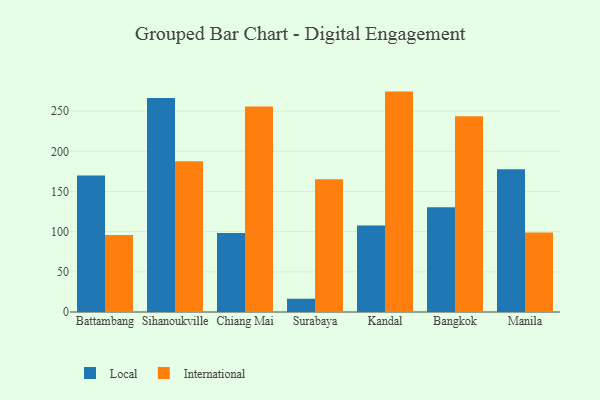
{"axis": {"x": "City", "y": "Operating Costs (USD K)"}, "legend": ["International", "Local"], "data": [{"x": "Battambang", "y": 169.8, "type": "Local"}, {"x": "Battambang", "y": 95.8, "type": "International"}, {"x": "Sihanoukville", "y": 266.3, "type": "Local"}, {"x": "Sihanoukville", "y": 187.6, "type": "International"}, {"x": "Chiang Mai", "y": 98.3, "type": "Local"}, {"x": "Chiang Mai", "y": 255.9, "type": "International"}, {"x": "Surabaya", "y": 16.5, "type": "Local"}, {"x": "Surabaya", "y": 165.3, "type": "International"}, {"x": "Kandal", "y": 107.5, "type": "Local"}, {"x": "Kandal", "y": 274.3, "type": "International"}, {"x": "Bangkok", "y": 130.4, "type": "Local"}, {"x": "Bangkok", "y": 243.5, "type": "International"}, {"x": "Manila", "y": 177.8, "type": "Local"}, {"x": "Manila", "y": 98.9, "type": "International"}]}